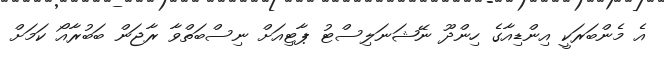
އެ މެންބަރަކީ އިންޑިއާގެ ހިންދޫ ނޭޝަނަލިސްޓު ޕާޓިއަށް ނިސްބަތްވާ ރާޖަން ބަބުރާއޯ ކަމަށް